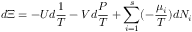
d \Xi = - U d { \frac { 1 } { T } } - V d { \frac { P } { T } } + \sum _ { i = 1 } ^ { s } ( - { \frac { \mu _ { i } } { T } } ) d N _ { i }